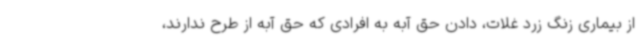
از بیماری زنگ زرد غلات، دادن حق آبه به افرادی که حق آبه از طرح ندارند،